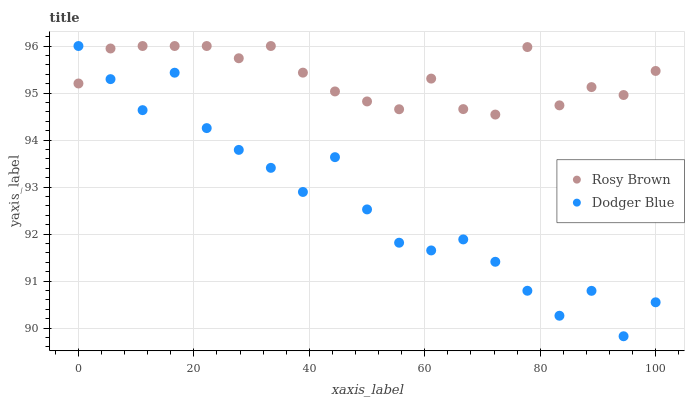
| xaxis_label | Rosy Brown | Dodger Blue |
 | --- | --- | --- |
 | 0 | 95.2 | 96 |
 | 5.56 | 95.9 | 95.3 |
 | 11.1 | 96 | 94.6 |
 | 16.7 | 96 | 95.4 |
 | 22.2 | 96 | 94.3 |
 | 27.8 | 95.7 | 93.8 |
 | 33.3 | 96 | 93.4 |
 | 38.9 | 95.4 | 92.9 |
 | 44.4 | 95 | 93.6 |
 | 50 | 94.8 | 92.5 |
 | 55.6 | 94.7 | 91.8 |
 | 61.1 | 95.3 | 91.7 |
 | 66.7 | 94.7 | 91.9 |
 | 72.2 | 94.5 | 91.4 |
 | 77.8 | 96 | 90.8 |
 | 83.3 | 94.7 | 90.3 |
 | 88.9 | 95.1 | 90.8 |
 | 94.4 | 95 | 89.8 |
 | 100 | 95.5 | 90.5 |